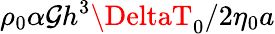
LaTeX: {\rho_{0}\alpha\mathcal{G}h^{3}\DeltaT_{0}}/{2\eta_{0}a}